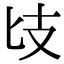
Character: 𢺵